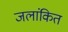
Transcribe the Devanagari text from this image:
जलांकित